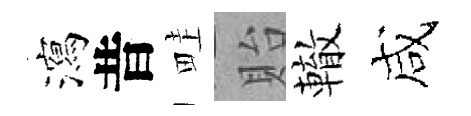
瀉昔畦貽轍咸